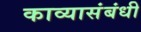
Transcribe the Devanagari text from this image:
काव्यासंबंधी